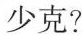
少克?